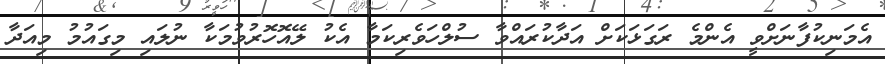
އެމަނިކުފާނަށްވީ އެންމެ ރަގަޅަކަށް އަދާކުރައްވާ ސުލްހަވެރިކަމާ އެކު ލޭއޮހޮރުވުމަކާ ނުލައި މިގައުމު މިއަދާ